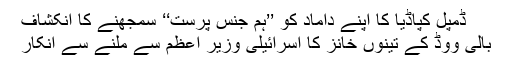
ڈمپل کپاڈیا کا اپنے داماد کو ’’ہم جنس پرست‘‘ سمجھنے کا انکشاف
بالی ووڈ کے تینوں خانز کا اسرائیلی وزیر اعظم سے ملنے سے انکار